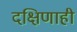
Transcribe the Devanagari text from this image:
दक्षिणाही